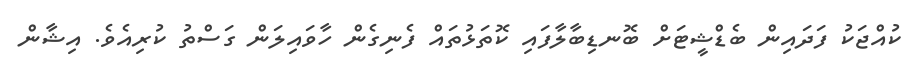
ކުއްޖަކު ފަދައިން ބެޑްޝީޓަށް ބޮނޑިބާލާފައި ކޮތަޅުތައް ފެނިގެން ހާވައިލަން ގަސްތު ކުރިއެވެ. އިޝާން